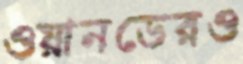
ওয়ানডেরও